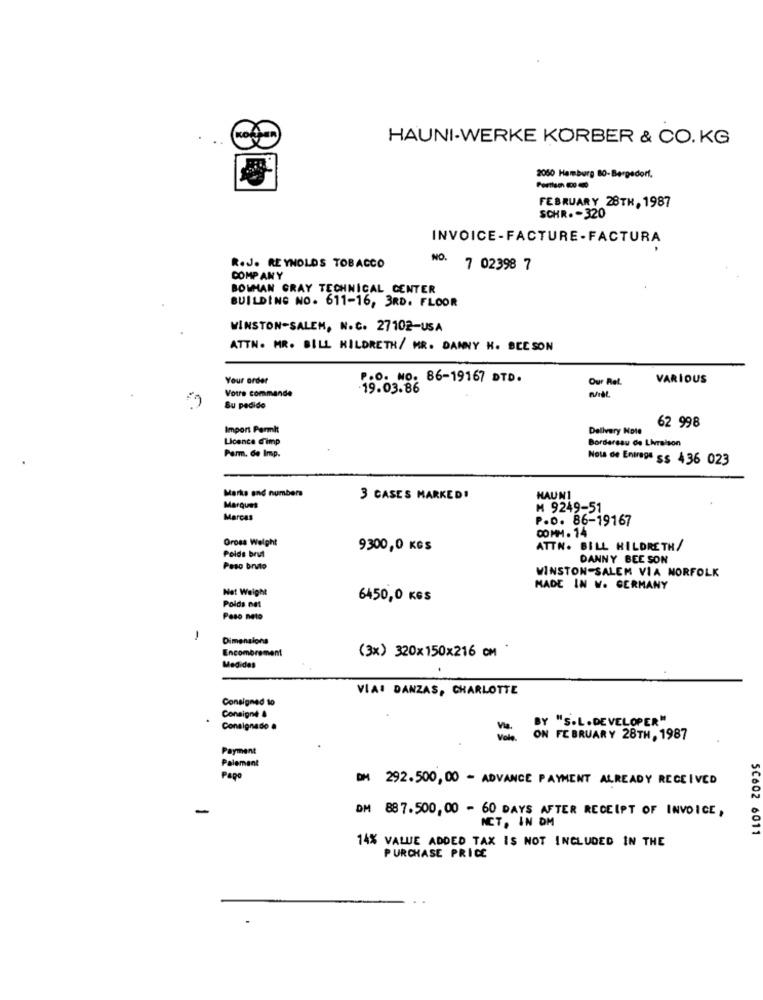
HAUNI-WERKE KORBER & CO. KG
2060 Hamburg 80-Bergedorf.
FEBRUARY 28TH, 1987
SCHR. - 320
INVOICE-FACTURE-FACTURA
NO.
R.J. REYNOLDS TOBACCO
7 02398 7
COMPANY
BOWMAN GRAY TECHNICAL CENTER
BUILDING NO. 611-16, 3RD. FLOOR
WINSTON-SALEM, N.C. 27102-USA
ATTN. MR. BILL HILDRETH/ MR. DANNY H. BEESON
Your order
P.O. NO. 86-19167 DTD.
Our Ret.
VARIOUS
Votre commande
19.03.86
Su pedido
62 998
Import Permit
Delivery Note
Licence dimp
Bordereau de Livraison
Parm. de Imp.
Nous de Entregs s$ 436 023
Marks and numbers
3 CASES MARKED!
HAUN1
Marques
₦ 9249-51
Marcas
P.D. 86-19167
0MM. 14
Gross Weight
9300,0 KGS
ATTN. BILL HILDRETH/
Poids brut
DANNY BEE SON
Peso bruto
WINSTON-SALEM VIA NORFOLK
Net Weight
MADE IN V. GERMANY
6450,0 KGS
Poids ne1
Peso neto
1
Dimensions
(3x) 320x 150x216 cm
Encombrement
Medidas
VIA: DANZAS, CHARLOTTE
Consigned to
Consigné &
BY "S.L.DEVELOPER"
Consignado a
Va. ON FEBRUARY 28TH, 1987
Payment
Paiement
Pago
DM 292.500,00 - ADVANCE PAYMENT ALREADY RECEIVED
-
DH 887.500,00 - 60 DAYS AFTER RECEIPT OF INVOICE,
ICT, IN DM
14% VALUE ADDED TAX IS NOT INCLUDED IN THE
5C602 6011
PURCHASE PRICE